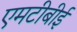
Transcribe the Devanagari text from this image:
एमटीबीई